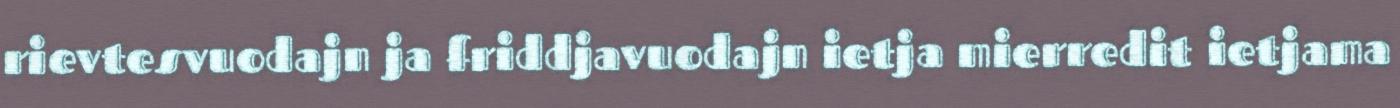
rievtesvuodajn ja friddjavuodajn ietja mierredit ietjama